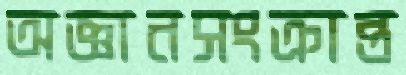
অজ্ঞানসংক্রান্ত